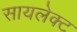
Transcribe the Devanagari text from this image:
सायलेक्ट